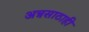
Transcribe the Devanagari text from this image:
अन्नसाठाही